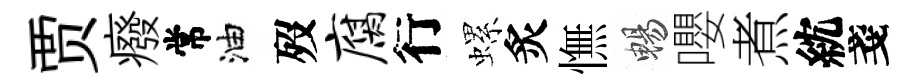
贾癈常油歿腐行螺炙憮暢嚶煮紞戔